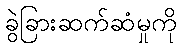
ခွဲခြားဆက်ဆံမှုကို